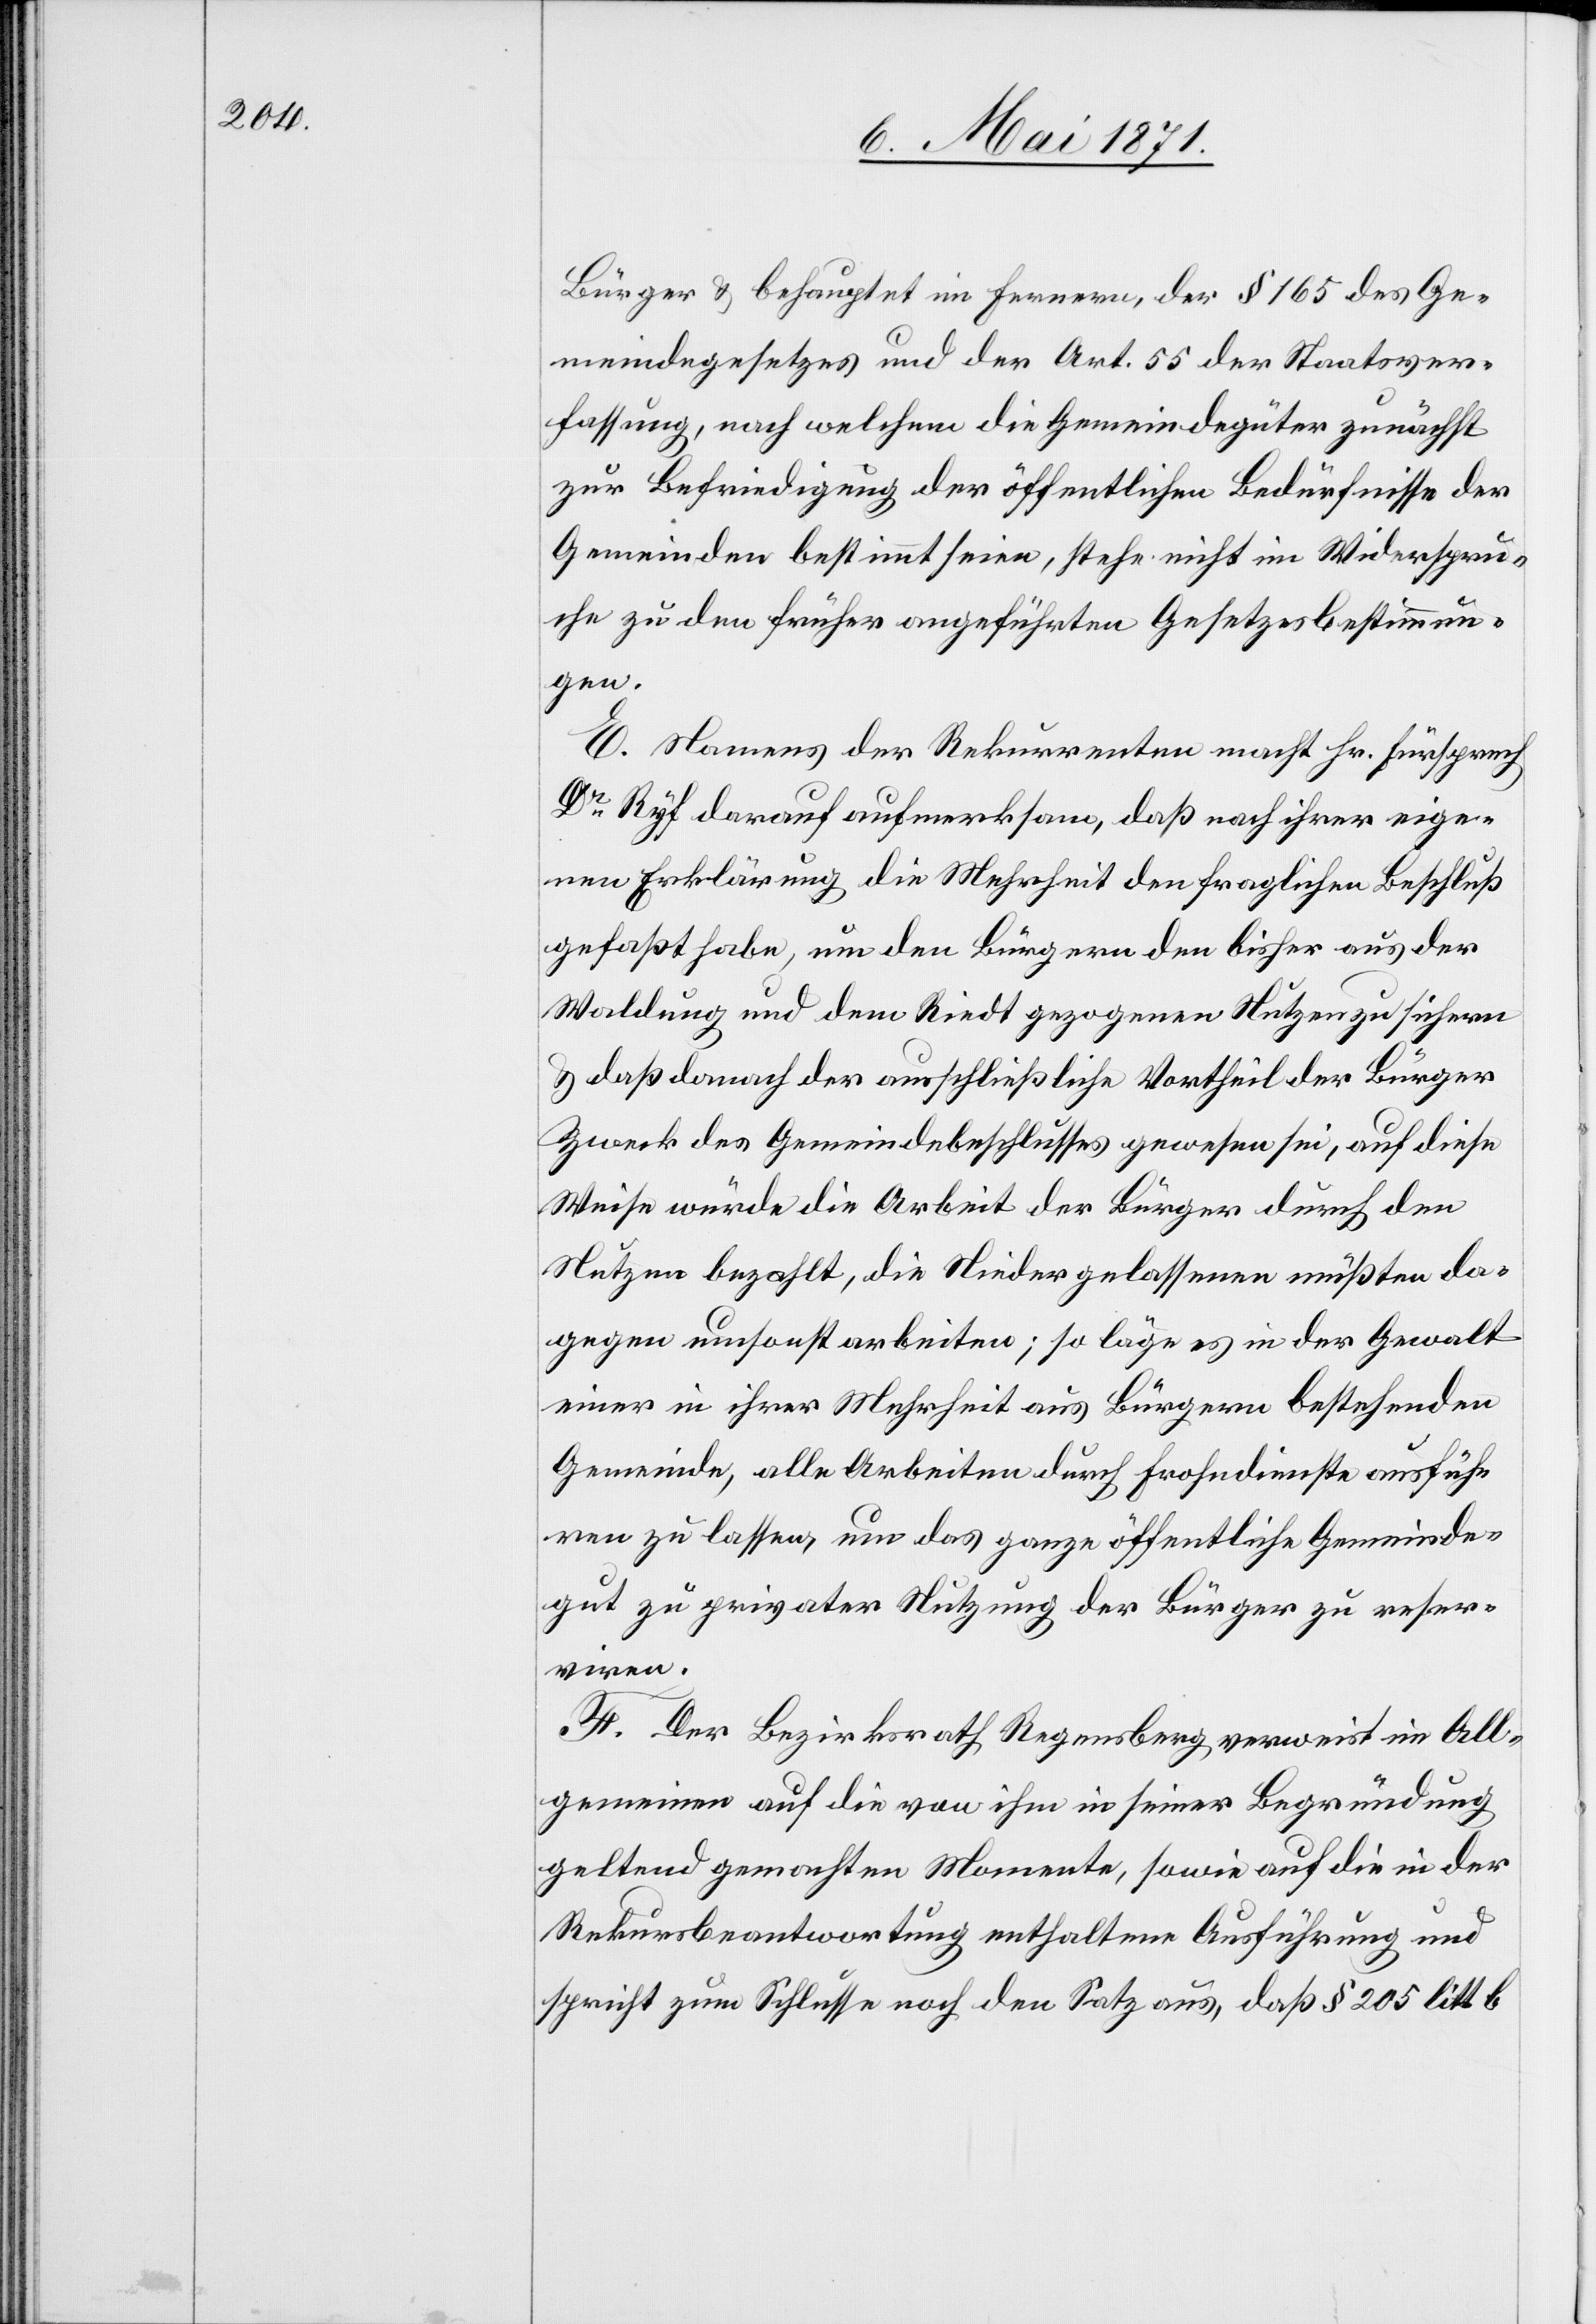
Bürger u. behauptet im Fernern, der § 165 des Ge¬
meindegesetzes und der Art. 55 der Staatsver¬
fassung, nach welchem die Gemeindegüter zunächst
zur Befriedigung der öffentlichen Bedürfnisse der
Gemeinden bestimmt seien, stehe nicht im Widerspru¬
che zu den früher angeführten Gesetzesbestimmun¬
gen.
E. Namens der Rekurrenten macht Hr. Fürsprech
Dr. Ryf darauf aufmerksam, daß nach ihrer eige¬
nen Erklärung die Mehrheit den fraglichen Beschluß
gefaßt habe, um den Bürgern den bisher aus der
Waldung und dem Riedt gezogenen Nutzen zu sichern
u. daß danach der ausschließliche Vortheil der Bürger
Zweck des Gemeindebeschlusses gewesen sei, auf diese
Weise würde die Arbeit der Bürger durch den
Nutzen bezahlt, die Niedergelassenen müßten da¬
gegen umsonst arbeiten; so läge es in der Gewalt
einer in ihrer Mehrheit aus Bürgern bestehenden
Gemeinde, alle Arbeiten durch Frohndienste ausfüh¬
ren zu lassen, um das ganze öffentliche Gemeinde¬
gut zu privater Nutzung der Bürger zu reser¬
viren.
F. Der Bezirksrath Regensberg verweist im All¬
gemeinen auf die von ihm in seiner Begründung
geltend gemachten Momente, sowie auf die in der
Rekursbeantwortung enthaltene Ausführung und
spricht zum Schlusse noch den Satz aus, daß § 205 litt b